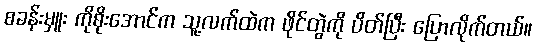
စခန်းမှူး ကိုစိုးအောင်က သူ့လက်ထဲက ဖိုင်တွဲကို ပိတ်ပြီး ပြောလိုက်တယ်။